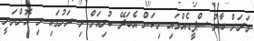
ވަރަށް ބާރު ސްޕީޑެއްގައި މިކަން އެބަދޭ ކުރިއަށް މި ރަށުގައި މި އޮންނަނީ